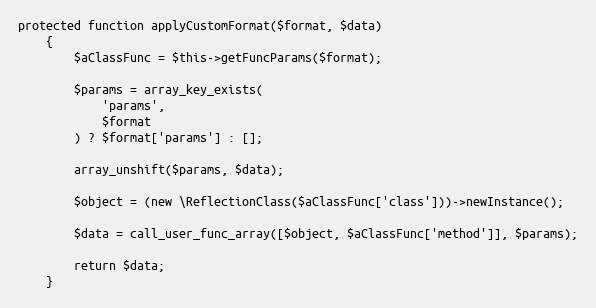
Language: PHP
protected function applyCustomFormat($format, $data)
    {
        $aClassFunc = $this->getFuncParams($format);

        $params = array_key_exists(
            'params',
            $format
        ) ? $format['params'] : [];

        array_unshift($params, $data);

        $object = (new \ReflectionClass($aClassFunc['class']))->newInstance();

        $data = call_user_func_array([$object, $aClassFunc['method']], $params);

        return $data;
    }